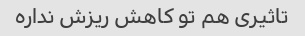
تاثیری هم تو کاهش ریزش نداره